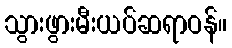
သွားဖွားမီးယပ်ဆရာဝန်။